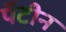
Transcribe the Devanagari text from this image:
पॅटीन